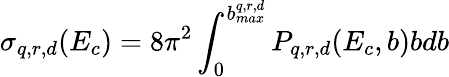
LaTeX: \sigma_{q,r,d}(E_{c})=8\pi^{2}\int_{0}^{b_{max}^{q,r,d}}P_{q,r,d}(E_{c},b)bdb